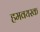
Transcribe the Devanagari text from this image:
हमवयस्क